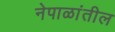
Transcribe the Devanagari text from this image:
नेपाळांतील